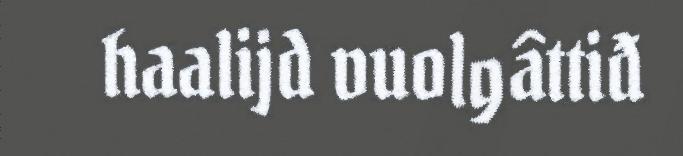
haalijd vuolgâttiđ